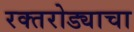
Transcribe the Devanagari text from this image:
रक्तरोड्याचा